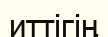
иттігің